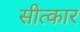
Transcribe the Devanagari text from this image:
सीत्कार